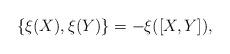
LaTeX: \begin{align*}\{ \xi (X), \xi (Y) \} = - \xi ([X,Y]), \end{align*}